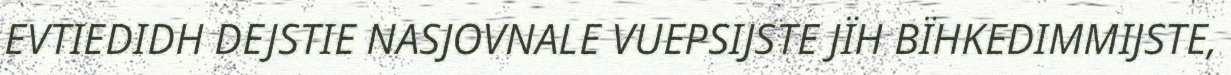
EVTIEDIDH DEJSTIE NASJOVNALE VUEPSIJSTE JÏH BÏHKEDIMMIJSTE,